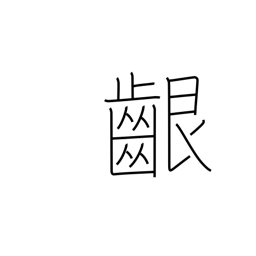
Meaning: gums